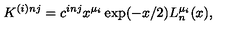
K ^ { ( i ) n j } = c ^ { i n j } x ^ { \mu _ { i } } \exp ( - x / 2 ) L _ { n } ^ { \mu _ { i } } ( x ) ,